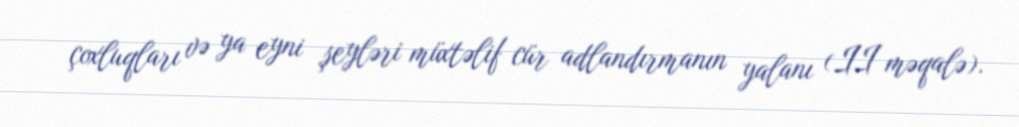
çoxluqları və ya eyni şeyləri müxtəlif cür adlandırmanın yalanı (II məqalə).